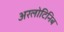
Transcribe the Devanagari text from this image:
अरलोटिनिब